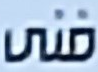
فنى